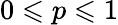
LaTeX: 0\leqslant p\leqslant 1